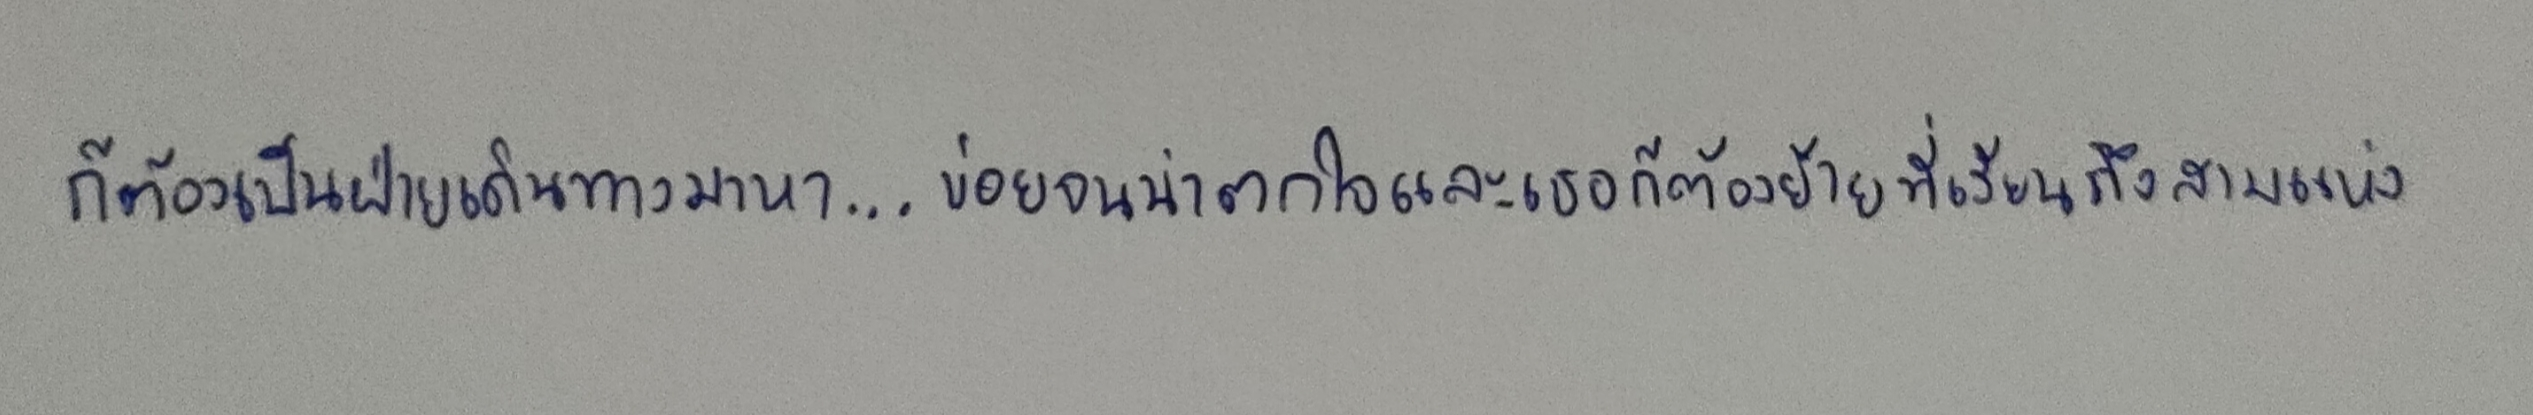
ก็ต้องเป็นฝ่ายเดินทางมาหา...บ่อยจนน่าตกใจและเธอก็ต้องย้ายที่เรียนถึงสามแห่ง